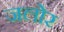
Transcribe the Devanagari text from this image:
जलोर